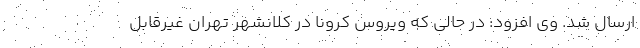
ارسال شد. وی افزود: در حالی که ویروس کرونا در کلانشهر تهران غیرقابل